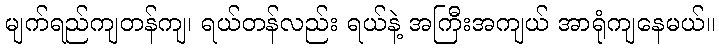
မျက်ရည်ကျတန်ကျ၊ ရယ်တန်လည်း ရယ်နဲ့ အကြီးအကျယ် အာရုံကျနေမယ်။